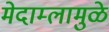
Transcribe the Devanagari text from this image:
मेदाम्लामुळे